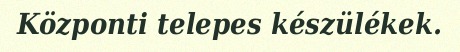
Központi telepes készülékek.